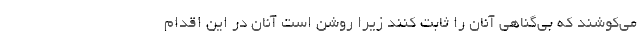
می‌کوشند که بی‌گناهی آنان را ثابت کنند زیرا روشن است آنان در این اقدام